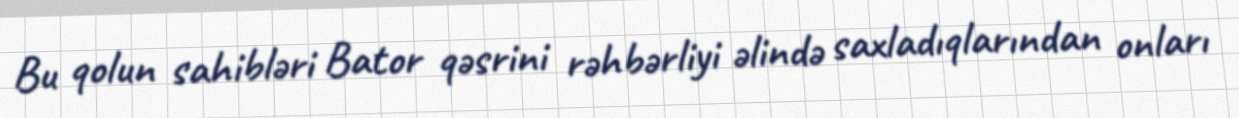
Bu qolun sahibləri Bator qəsrini rəhbərliyi əlində saxladıqlarından onları